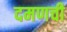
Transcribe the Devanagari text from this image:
दमणची